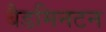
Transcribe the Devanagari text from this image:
बैडमिनटन